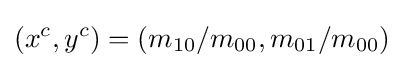
(x^{c},y^{c})=(m_{10}/m_{00},m_{01}/m_{00})